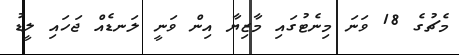
މެޗުގެ 18 ވަނަ މިނެޓުގައި މާޒިޔާ އިން ވަނީ ލަނޑެއް ޖަހައި ލީޑު